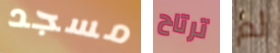
مسجد ترتاح لم